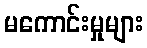
မကောင်းမှုများ